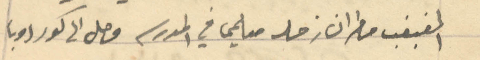
المغبغب مطران زحله معلمي في المدسه وصل الى كوردوبا